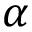
\alpha